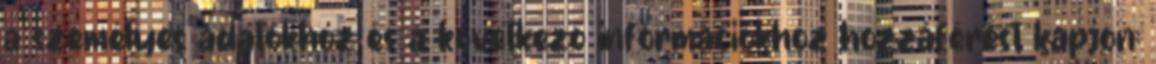
a személyes adatokhoz és a következő információkhoz hozzáférést kapjon: